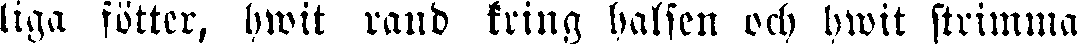
liga fötter, hwit rand kring halsen och hwit strimma